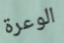
الوعرة